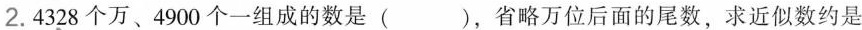
2.4328个万、4900个一组成的数是()，省略万位后面的尾数，求近似数约是